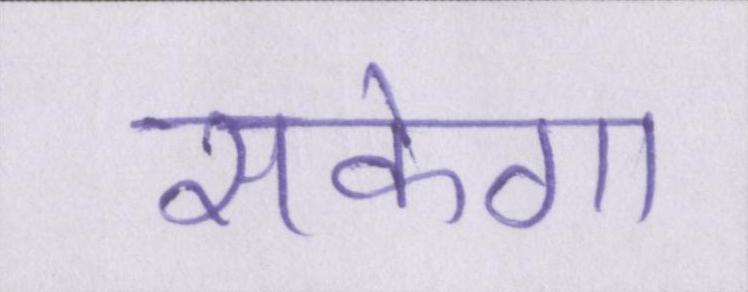
सकेगा